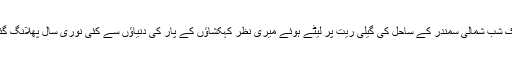
ایک شب شمالی سمندر کے ساحل کی گیلی ریت پر لیٹے ہوئے میری نظر کہکشاؤں کے پار کی دنیاؤں سے کئی نوری سال پھلانگ گئی۔